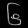
Digit: ၆